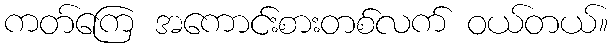
ကတ်ကြေ အကောင်းစားတစ်လက် ဝယ်တယ်။